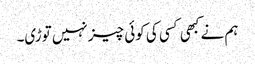
ہم نے کبھی کسی کی کوئی چیز نہیں توڑی۔